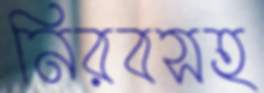
নিরবসহ